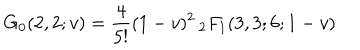
G _ { 0 } ( 2 , 2 ; v ) = \frac { 4 } { 5 ! } ( 1 - v ) ^ { 2 } \, _ { 2 } F _ { 1 } ( 3 , 3 ; 6 ; 1 - v )